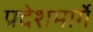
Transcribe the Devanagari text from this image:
प्रदेशमार्गे